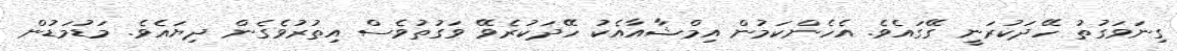
ގިނަވަގުތު ހޭދަކުރަނީ ގޭގައެވެ. އެހެންކަމުން އިމްޝާއާއެކު ހޭދަކުރެވޭ ވަގުތުވެސް އިތުރުވެގެން ދިޔައެވެ. މަޑުމަޑުން